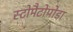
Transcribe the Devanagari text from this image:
स्टोमैटोपोडा